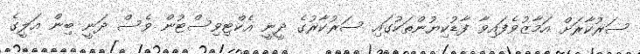
ސަރުކާރަށް އަމާޒުވެފައިވާ ފާޑުކިޔުންތަކުގައި ސަރުކާރުގެ ދީނީ އެކްޓިވިސްޓުން ވެސް ދަނީ ބިން އަލީގެ